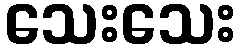
သေးသေး